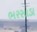
ભરસાડા